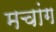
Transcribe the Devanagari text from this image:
मचांग